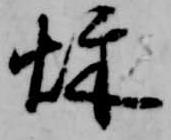
秋